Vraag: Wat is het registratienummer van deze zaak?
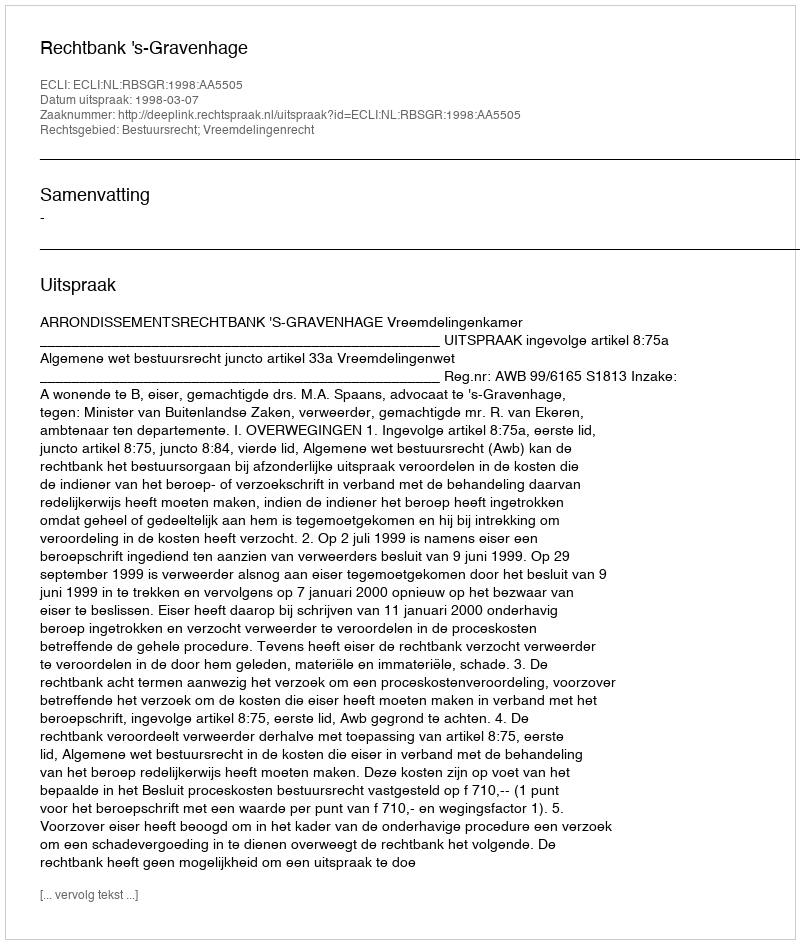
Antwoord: http://deeplink.rechtspraak.nl/uitspraak?id=ECLI:NL:RBSGR:1998:AA5505